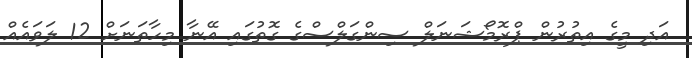
އަދި މީގެ އިތުރުން ޕްރޮމޯޝަނަލް ސިންގަލްސްގެ ގޮތުގައި އޭނާ މިހާތަނަށް 12 ލަވައެއް